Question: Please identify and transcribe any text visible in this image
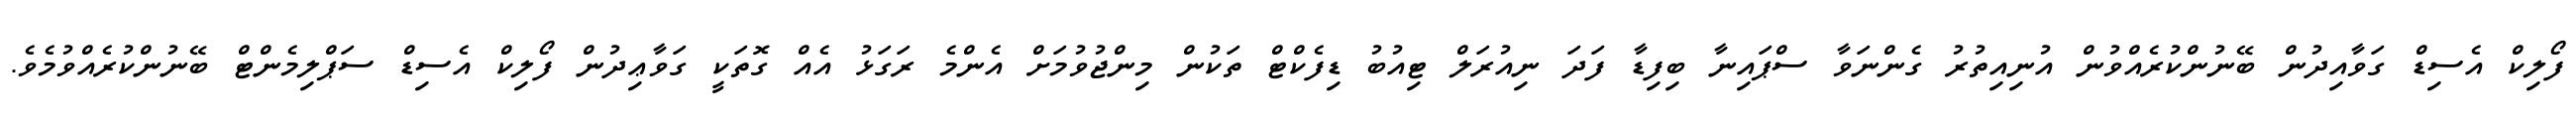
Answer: ފޯލިކް އެސިޑް ގަވާއިދުން ބޭނުންކުރެއްވުން އުނިއިތުރު ގެންނަވާ ސްޕައިނާ ބިފިޑާ ފަދަ ނިއުރަލް ޓިއުބު ޑިފެކްޓް ތަކުން މިންޖުވުމަށް އެންމެ ރަގަޅު އެއް ގޮތަކީ ގަވާޢިދުން ފޯލިކް އެސިޑް ސަޕްލިމެންޓް ބޭނުންކުރެއްވުމެވެ.